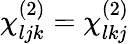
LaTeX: \chi_{ljk}^{(2)}=\chi_{lkj}^{(2)}